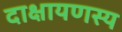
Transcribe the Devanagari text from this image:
दाक्षायणस्य